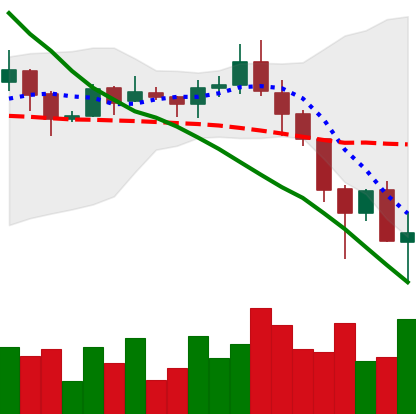
Ticker: ADA-USD
Chart end date: 2019-11-25
Forward return: 12.142%
Label: up_7plus